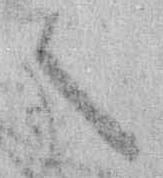
々